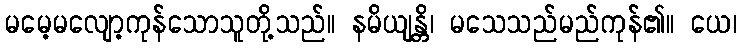
မမေ့မလျော့ကုန်သောသူတို့သည်။ နမိယျန္တိ၊ မသေသည်မည်ကုန်၏။ ယေ၊